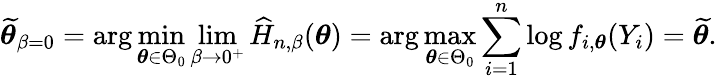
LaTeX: \widetilde{\boldsymbol{\theta}}_{\beta=0}=\arg\operatorname*{min}_{\boldsymbol{\theta}\in\Theta_{0}}\operatorname*{lim}_{\beta\rightarrow 0^{+}}\widehat{H}_{n,\beta}(\boldsymbol{\theta})=\arg\operatorname*{max}_{\boldsymbol{\theta}\in\Theta_{0}}\sum_{i=1}^{n}\log f_{i,\boldsymbol{\theta}}(Y_{i})=\widetilde{\boldsymbol{\theta}}.